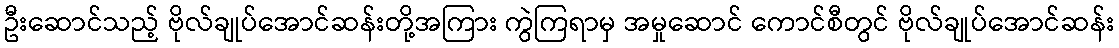
ဦးဆောင်သည့် ဗိုလ်ချုပ်အောင်ဆန်းတို့အကြား ကွဲကြရာမှ အမှုဆောင် ကောင်စီတွင် ဗိုလ်ချုပ်အောင်ဆန်း